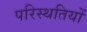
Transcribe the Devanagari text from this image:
परिस्‍थतियों